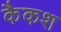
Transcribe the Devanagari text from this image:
कैकश